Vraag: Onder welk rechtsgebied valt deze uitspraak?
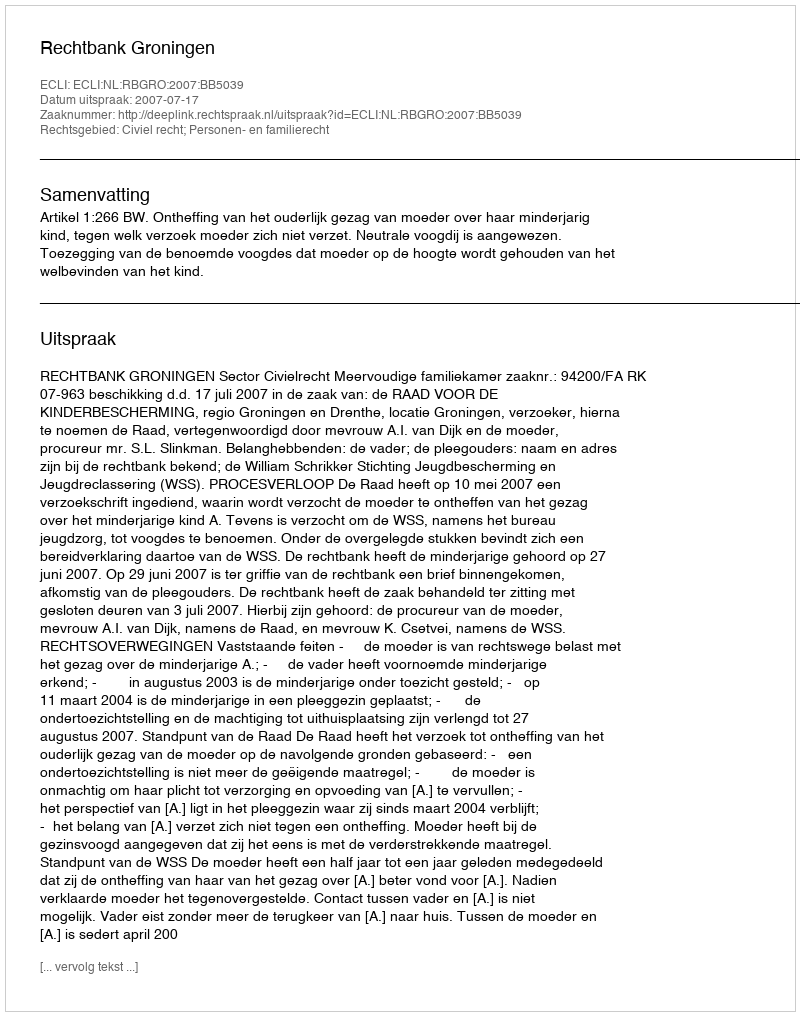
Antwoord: Civiel recht; Personen- en familierecht